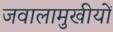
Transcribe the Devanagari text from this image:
जवालामुखीयों